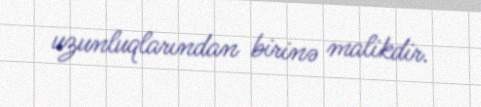
uzunluqlarından birinə malikdir.